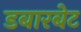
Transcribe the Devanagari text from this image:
डबारबेट